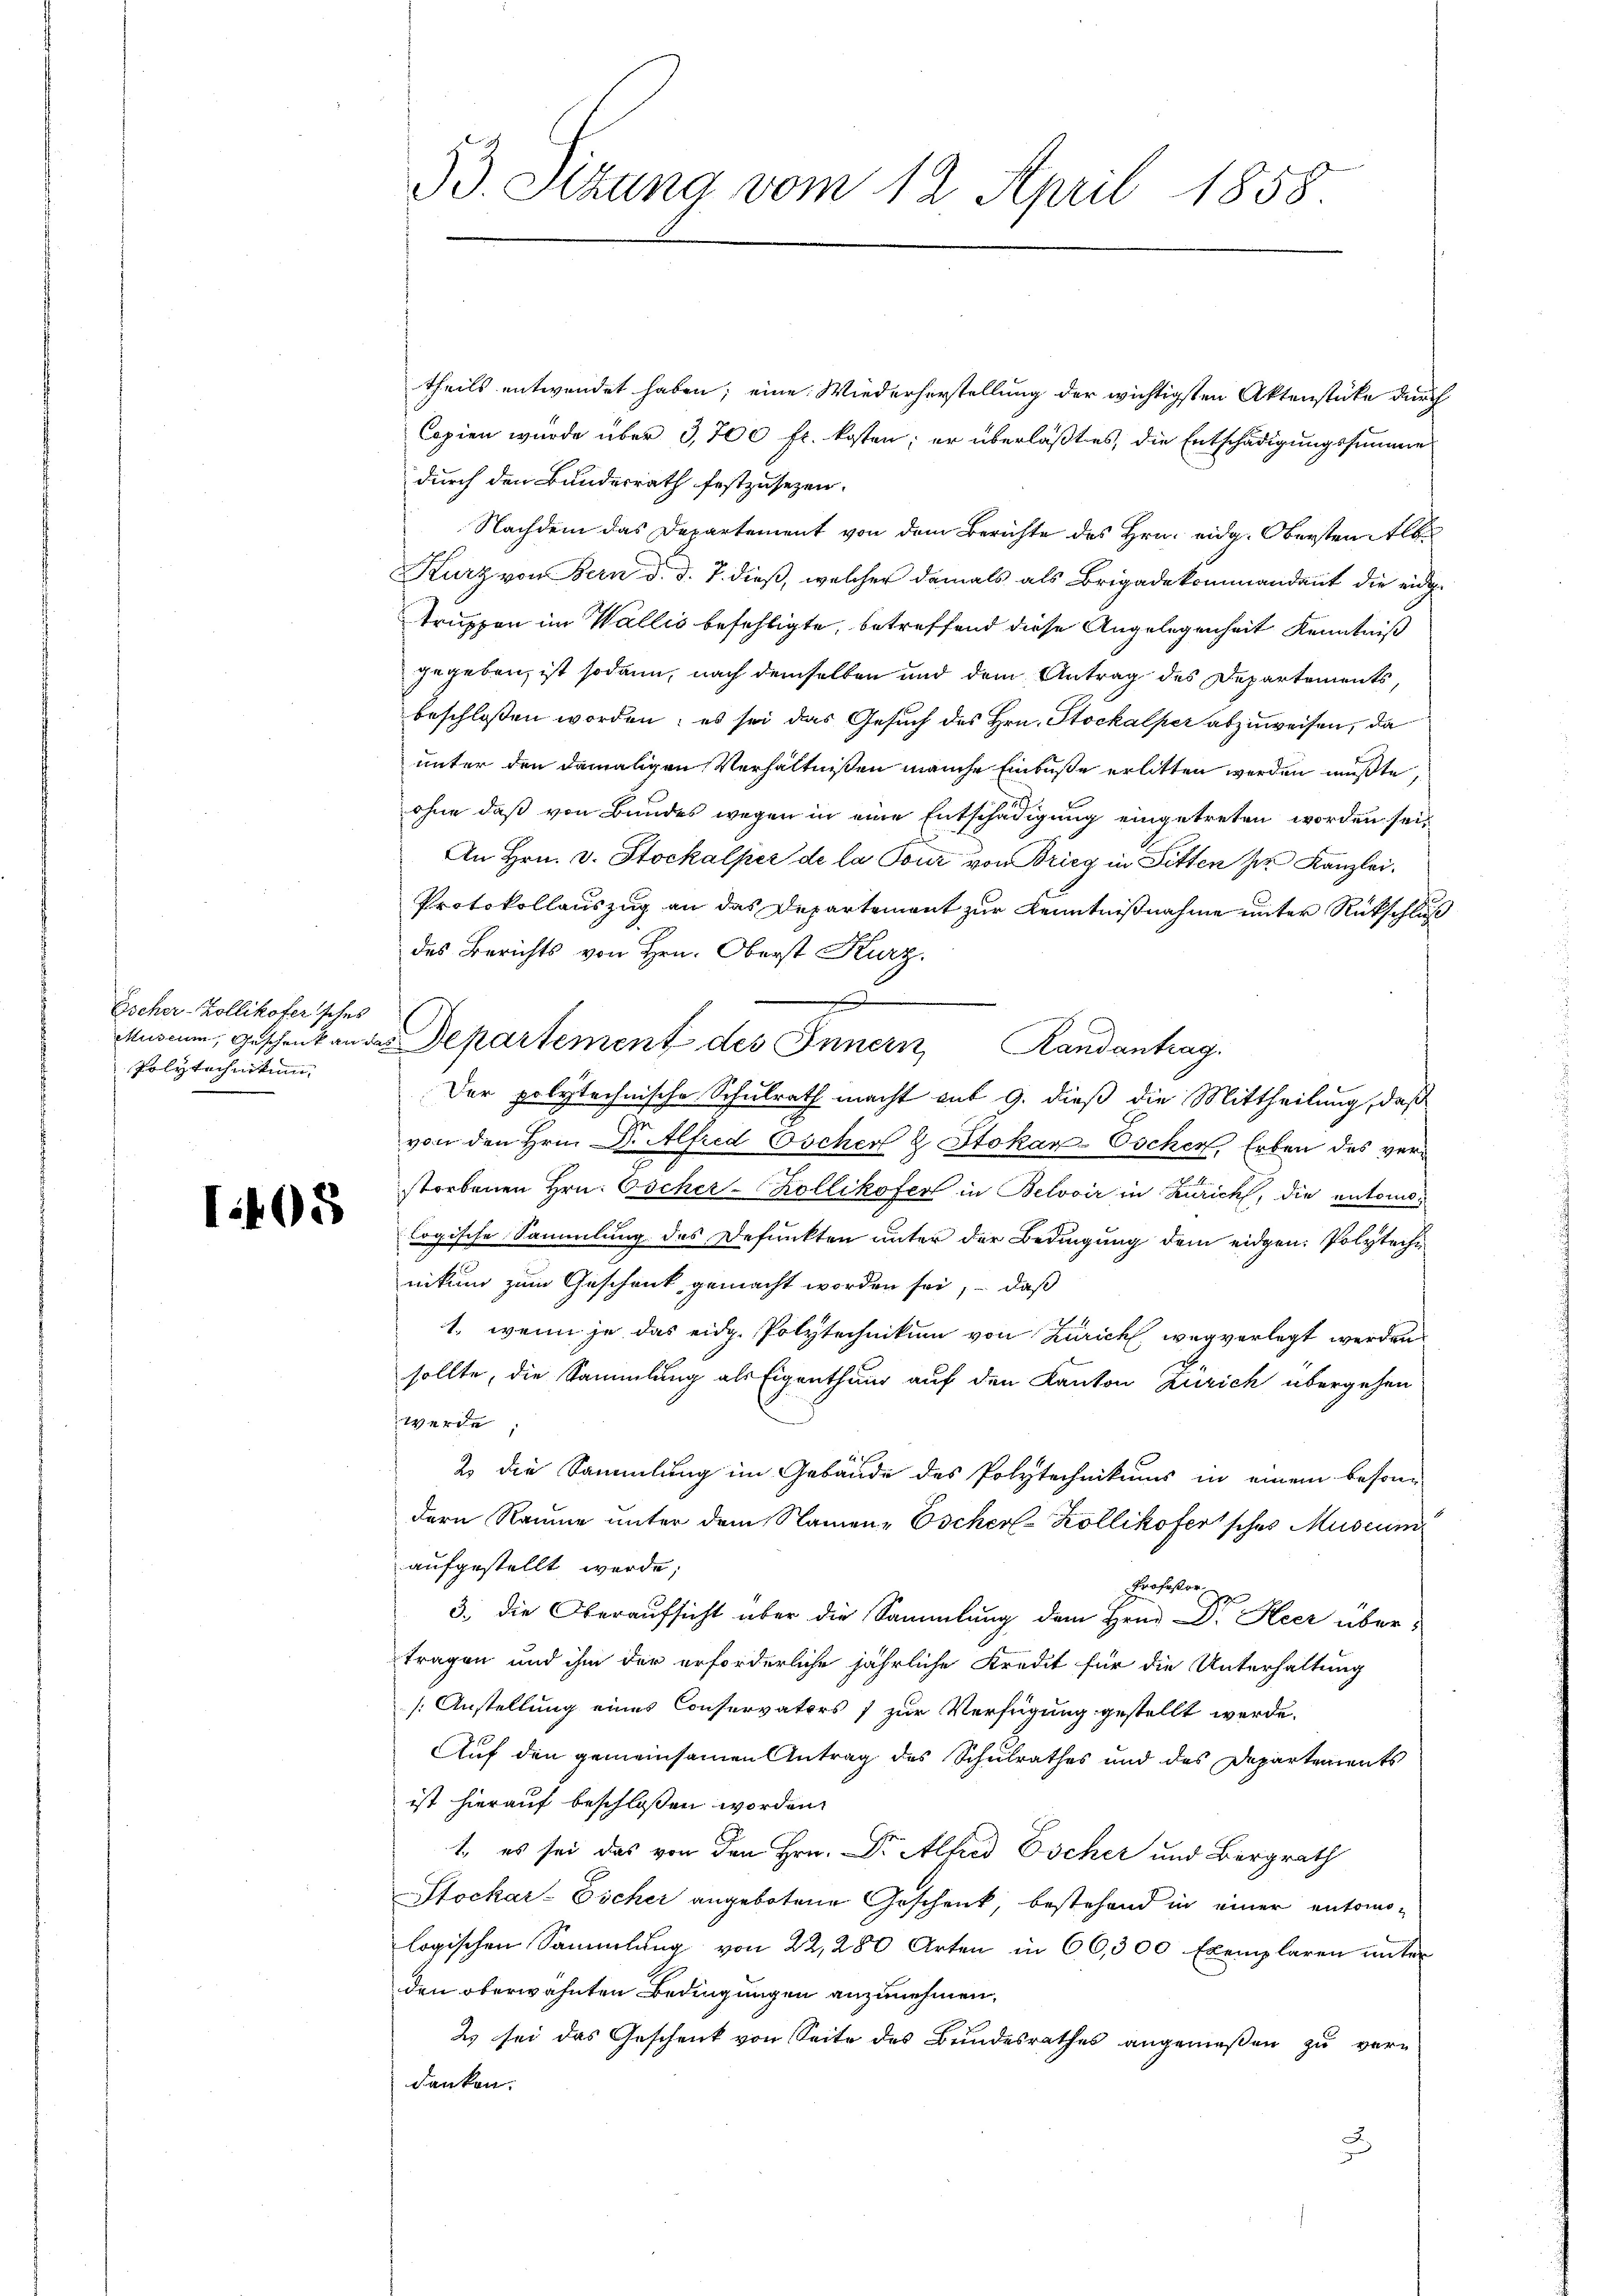
Escher-Zollikofer sches
Polytechnikum

I.405

theils entwendet haben; eine Wiederherstellung der wichtigsten Aktenstücke durch
Copien wurde über 3,700 fr. kosten; er überläßt es, die Entschädigungssumme
durch den Bundesrath festzusetzen.
Nachdem das Departement von dem Berichte des Hrn. eidg. Obersten Alb
Kurz von Bern d. d. 7. dieß, welcher damals als Brigadekommandant die eidg.
truppen im Wallis befehligte, betreffend diese Angelegenheit Kenntniß
gegeben, ist sodann, nach demselben und dem Antrag des Departements,
beschlossen worden; es sei das Gesuch des Hrn. Stockalper abzuweisen, da
unter den damaligen Verhältnißen manche Einbuße erlitten werden müßte,
ohne daß von Bundes wegen in eine Entschädigung eingetreten worden sei,
An Hrn. v. Stockalper de la Pour von Brieg in Fitten her Kanzlei.
Protokollauszug an das Departement zur Kenntnißnahme unter Rückschluß
des Berichts von Hrn. Oberst Kurz.
2
Museum, Geschenk an der Departement des Innern Randantrag.
Der polytechnische Schulrath macht mit 9. dieß die Mittheilung, daß
von den Hrn. Dr. Alfred Escher & Stokar-Eschen, Erben des verstorbenen Hrn. Oscher-Zollikofer in Belvoir in Zürich, die entomologische Sammlung des Defunkten unter der Bedingung dem eidgen. Polyteche
nikum zum Geschenk gemacht worden sei, - daß
1., wenn je das eidg. Polytechnikum von Zürich wegverlegt werden
sollte, die Sammlung als Eigenthung auf den Kanton Zürich übergehen
werde
2 die Sammlung im Gebäude des Polytechnikums in einem beson-
dern Raume unter dem Namen-Escher-Zollikofersches Museum
aufgestellt werde;
Perfellor
3. die Oberaufsicht über die Sammlung dem Hrn. Dr. Heer übertragen und ihm der erforderliche jährliche Kredit für die Unterhaltung
[Anstellung eines Conservators 7 zur Verfügung gestellt werde.
Auf den gemeinsamen Antrag des Schulrathes und des Departements
ist hierauf beschlossen worden.
1., es sei das von den Hrn. Dr. Alfred Escher und Bergrath
Stockar-Escher angebotene Geschenk, bestehend in einer entomologischen Sammlung von 22, 280 Arten in 60,300 Exemplaren ŭnter
den oberwähnten Bedingungen anzunehmen,
2) sei das Geschenk von Seite des Bundesrathes angemeßen zu ver-
danken.
2

53. Sizung vom 12. April 1858.